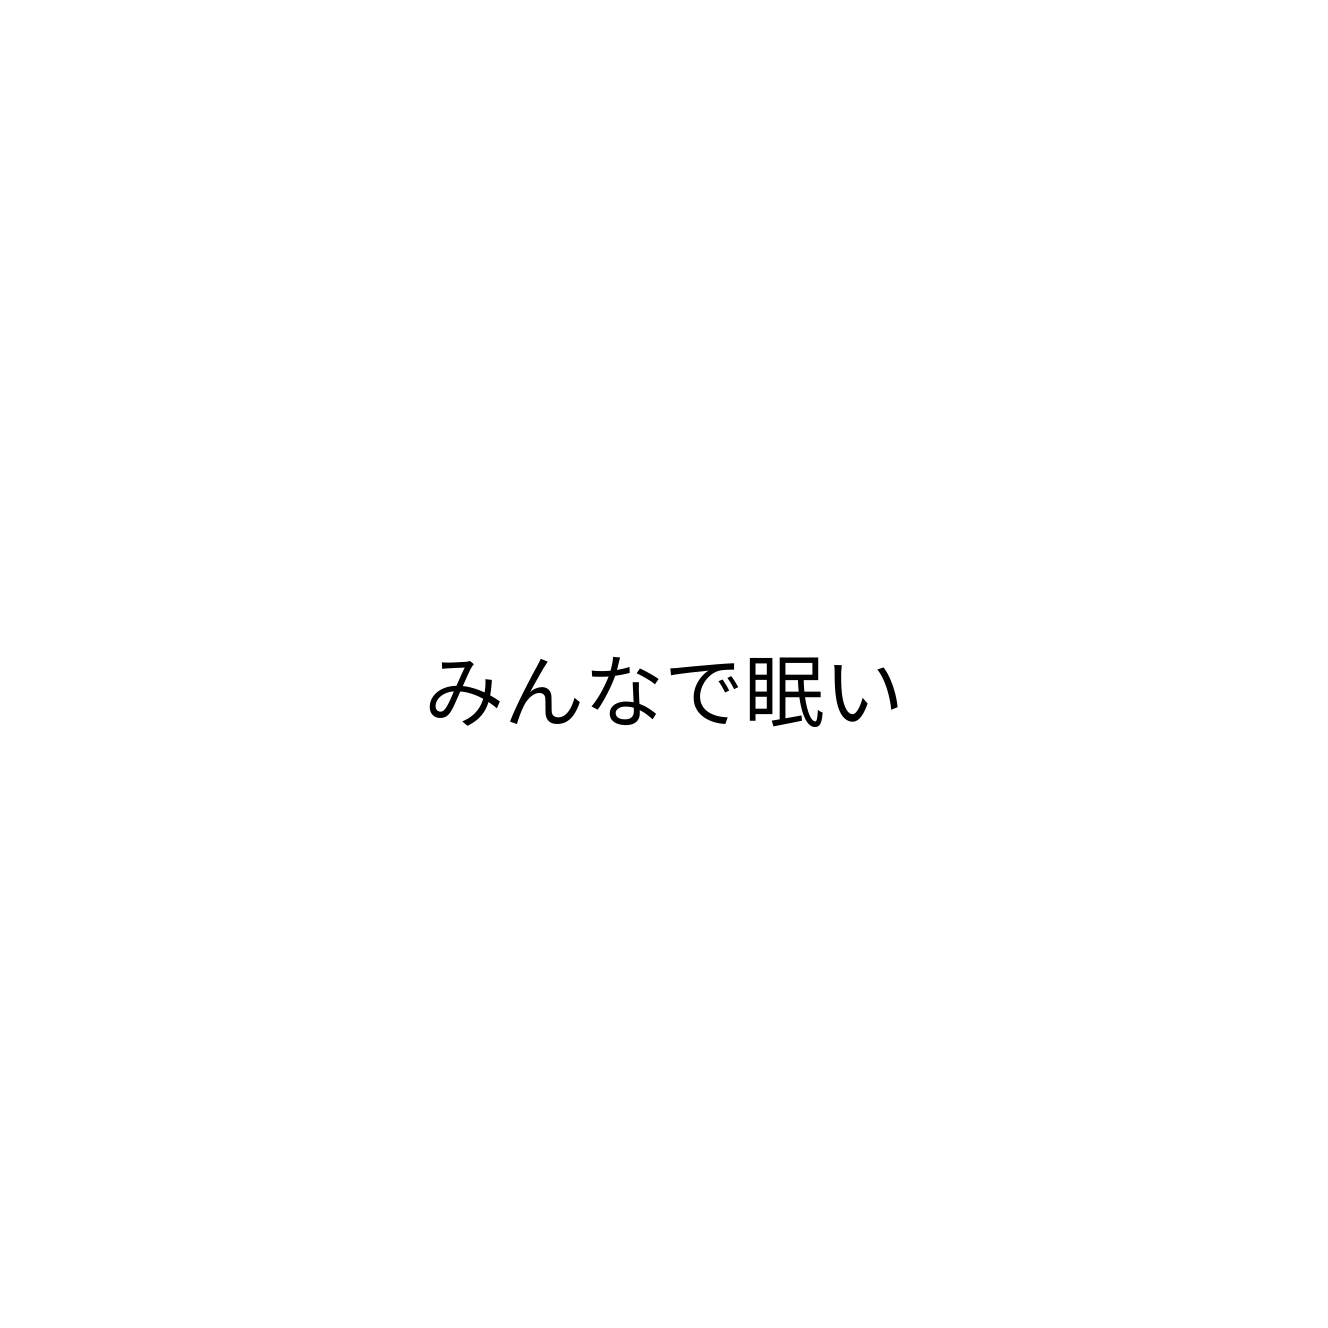
みんなで眠い